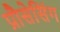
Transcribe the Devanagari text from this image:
प्रौसेसिंग